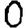
Digit: 0